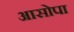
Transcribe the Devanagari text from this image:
आसोपा